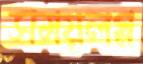
সময়লগ্ন